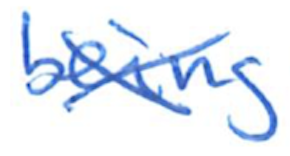
Text: being
Cross-out: cross
Writing tool: ballpoint